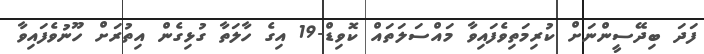
ފަދަ ބިދޭސީންނަށް ކުރިމަތިވެފައިވާ މައްސަލަތައް ކޮވިޑް-19 އިގެ ހާލަތާ ގުޅިގެން އިތުރަށް ހޫނުވެފައިވާ